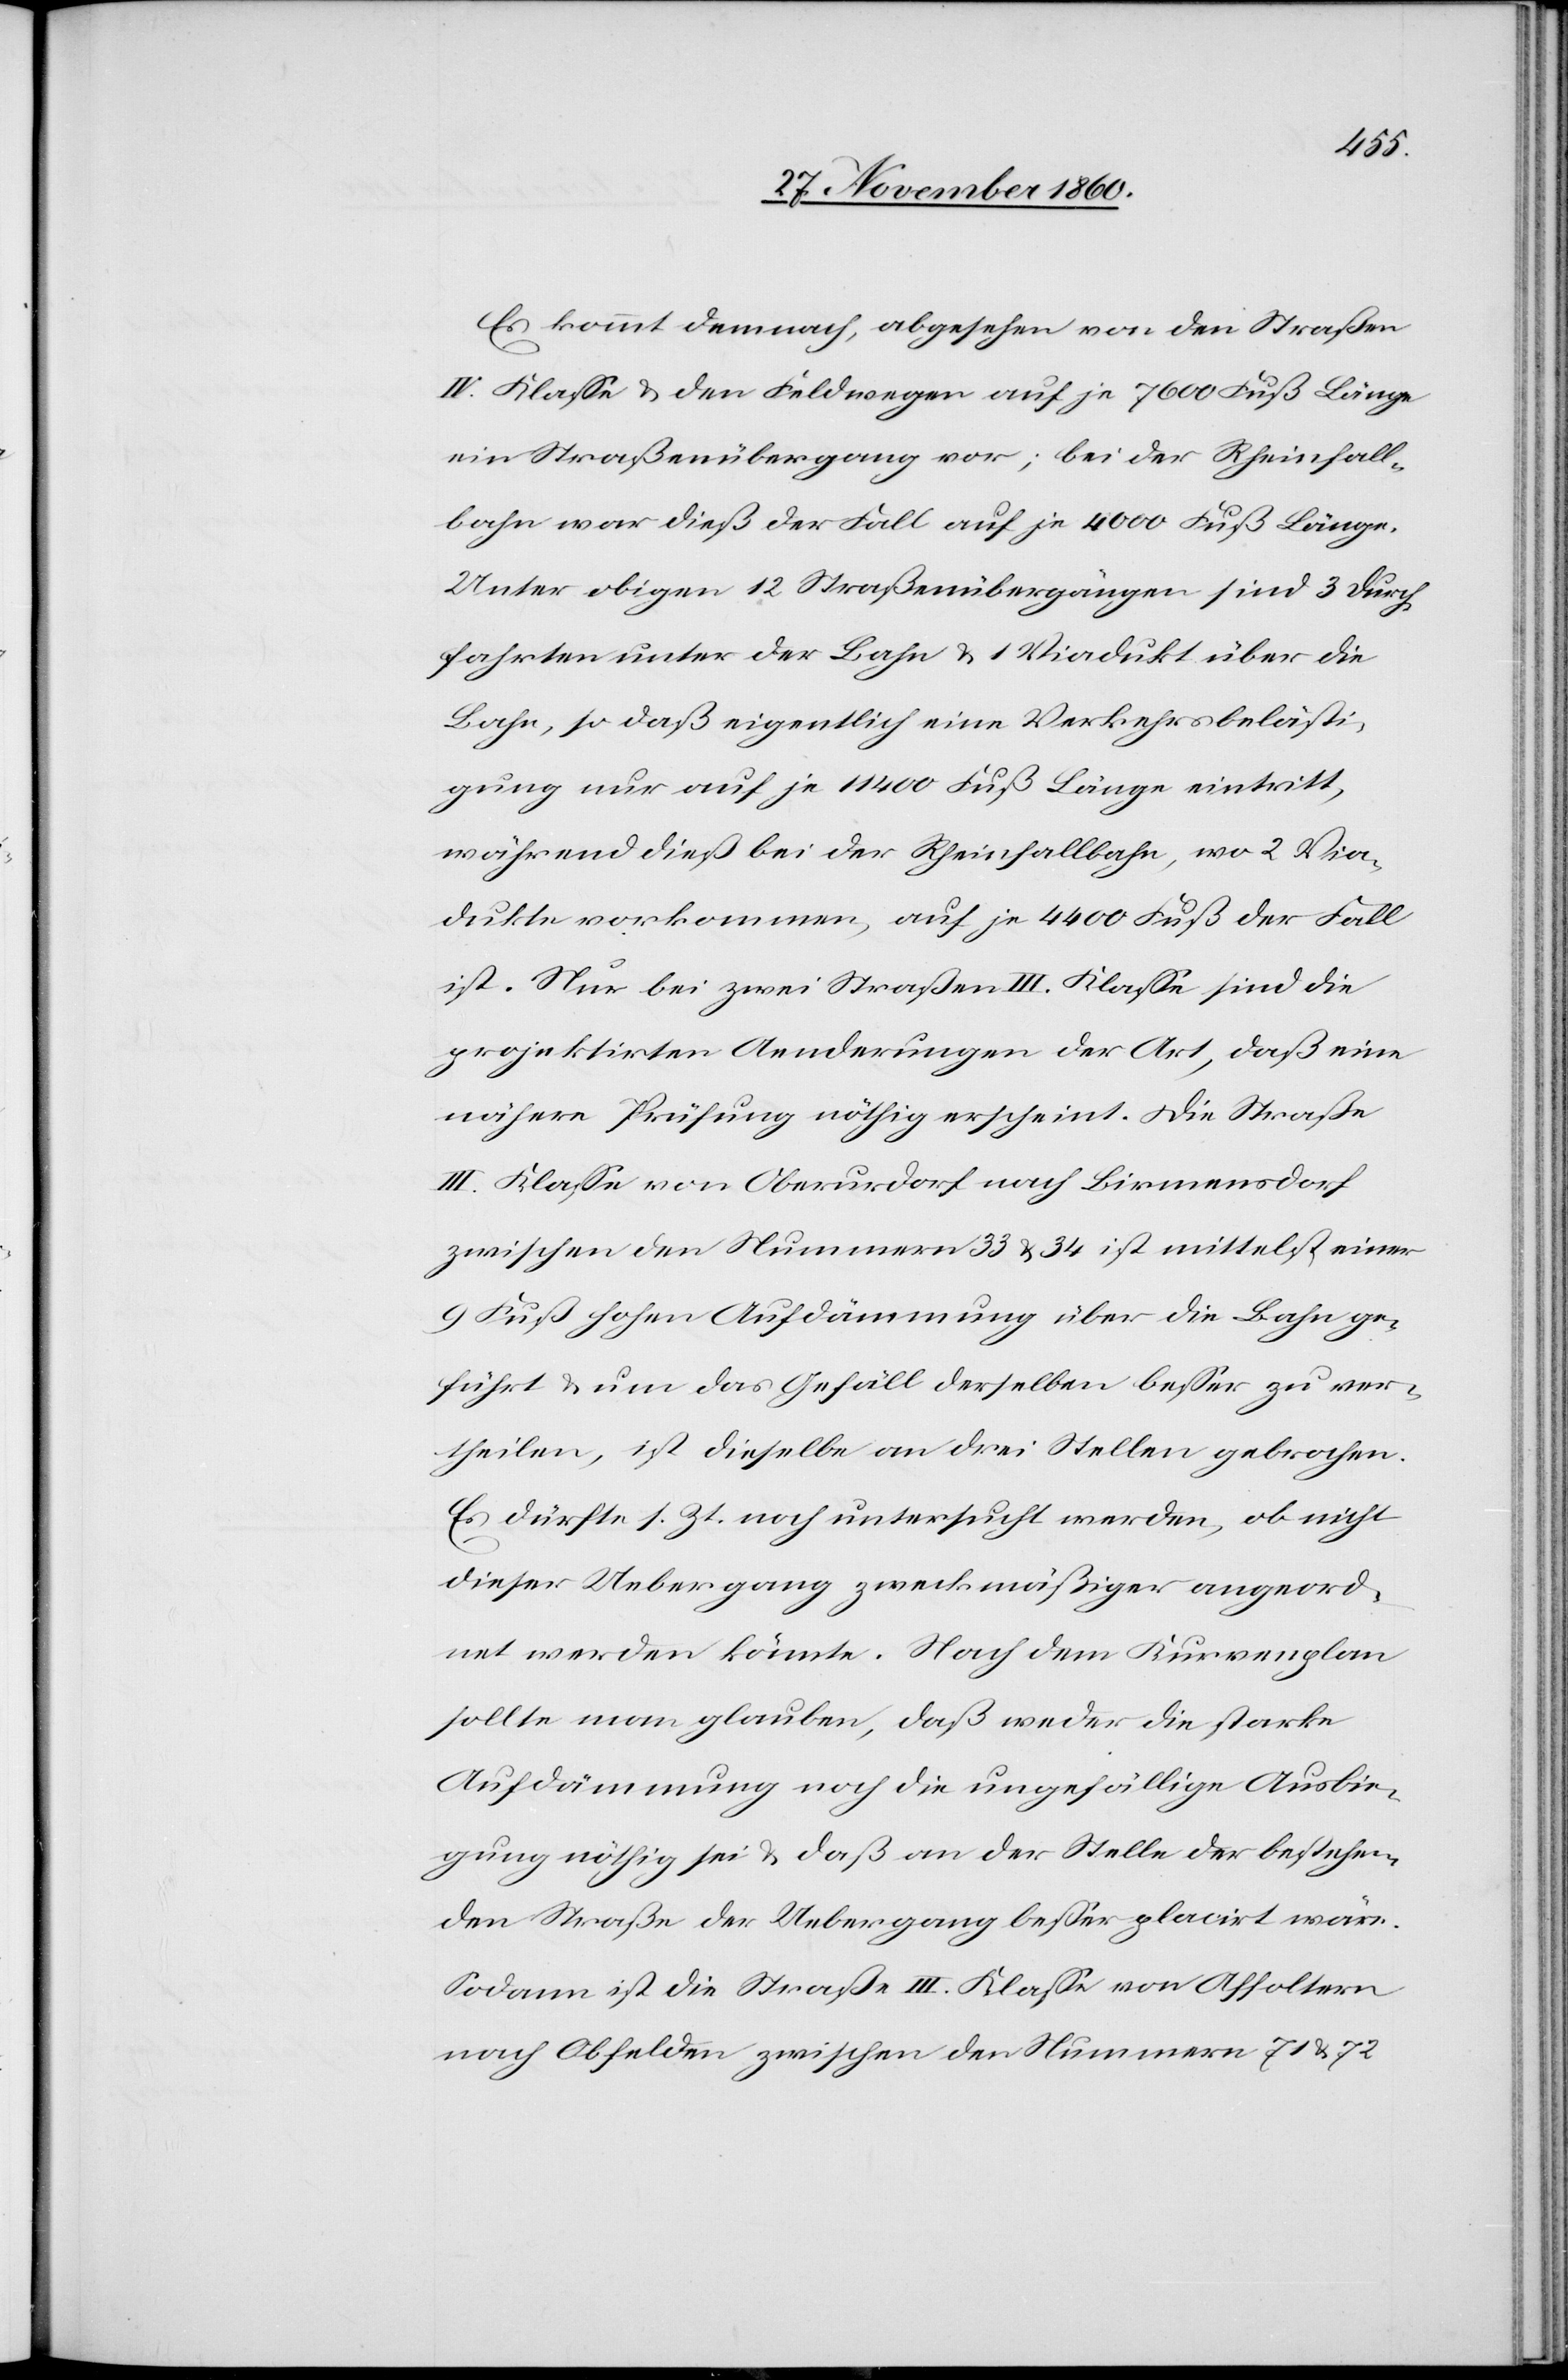
Es kommt demnach, abgesehen von den Straßen
IV. Klasse u. den Feldwegen auf je 7600 Fuß Länge
ein Straßenübergang vor; bei der Rheinfall¬
bahn war dieß der Fall auf je 4000 Fuß Länge.
Unter obigen 12 Straßenübergängen sind 3 Durch¬
fahrten unter der Bahn u. 1 Viadukt über die
Bahn, so daß eigentlich eine Verkehrsbelästi¬
gung nur auf je 11 400 Fuß Länge eintritt,
während dieß bei der Rheinfallbahn, wo 2 Via¬
dukte vorkommen, auf je 4400 Fuß der Fall
ist. Nur bei zwei Straßen III. Klasse sind die
projektirten Aenderungen der Art, daß eine
nähere Prüfung nöthig erscheint. Die Straße
III. Klasse von Oberurdorf nach Birmensdorf
zwischen den Nummern 33 u. 34 ist mittelst einer
9 Fuß hohen Aufdämmung über die Bahn ge¬
führt u. um das Gefäll derselben besser zu ver¬
theilen, ist dieselbe an drei Stellen gebrochen.
Es dürfte s. Zt. noch untersucht werden, ob nicht
dieser Uebergang zweckmäßiger angeord¬
net werden könnte. Nach dem Kurvenplan
sollte man glauben, daß weder die starke
Aufdämmung noch die ungefällige Ausbie¬
gung nöthig sei u. daß an der Stelle der bestehen¬
den Straße der Uebergang besser placirt wäre.
Sodann ist die Straße III. Klasse von Affoltern
nach Obfelden zwischen den Nummer 71 u. 72